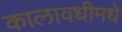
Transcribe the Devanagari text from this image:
कालावधीमधे